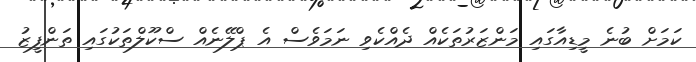
ކަމަށް ބުނެ މީޑިއާގައި މަންޒަރުތަކެއް ދެއްކެވި ނަމަވެސް އެ ޕްލޭނެއް ސްކޫލްތަކުގައި ތަންފީޒު